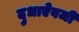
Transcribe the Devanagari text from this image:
दुधाऐवजी